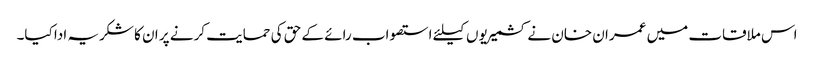
اس ملاقات میں عمران خان نے کشمیریوں کیلئے استصواب رائے کے حق کی حمایت کرنے پر ان کا شکریہ ادا کیا۔